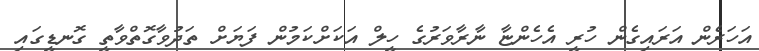
އަހަރެން އަރަައިގެން ހުރީ އެހެންޏާ ނާރާވަރުގެ ހީލް އަކަށްކަމުން ފަޔަށް ތަދުވާގޮތްވާތީ ގޮނޑީގައި